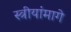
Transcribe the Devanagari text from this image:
स्त्रीयांमागे